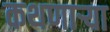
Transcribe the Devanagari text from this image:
कथणाऱ्या